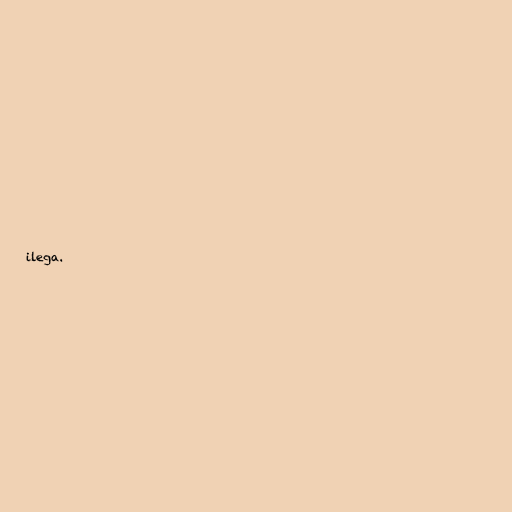
ilega.